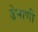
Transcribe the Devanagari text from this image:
ढेमाणी